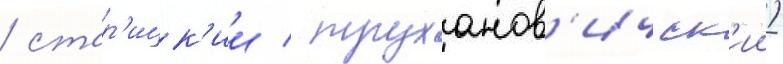
/ стар'ицк'ии / труханов'ичск'ии)